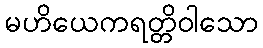
မဟိယေကရတ္တိဝါသော